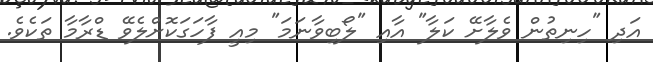
އަދި "ހިނިތުން ވެލާށޭ ކަލާ" އާއި "ލޯބިވާނަމަ" މިއީ ފާހަގަކޮށްލެވޭ ޑްރާމާ ތަކެވެ.